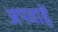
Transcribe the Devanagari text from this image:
अपवाहें